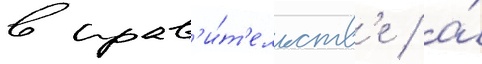
в прав'и́т'ельств'е / а́